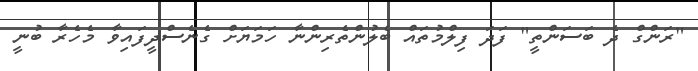
"ރަންގް ދެ ބަސަންތީ" ފަދަ ފިލްމުތައް ބެލުންތެރިންނާ ހަމަޔަށް ގެނެސްދީފައިވާ މެހެރާ ބުނީ